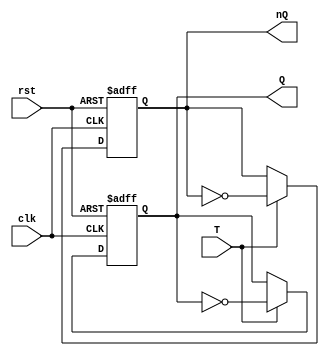
module tff(output reg Q, nQ, input T, clk, rst);
    always@(negedge clk, negedge rst) begin
        if (rst) begin
            if(T) begin 
                Q<=~Q;
                nQ<=~nQ;
            end
        end
        else begin
            Q<=1'b0;
            nQ<=1'b1;
        end
    end
endmodule